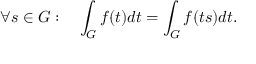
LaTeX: \forall s \in G : \quad \int _ { G } f ( t ) d t = \int _ { G } f ( t s ) d t .